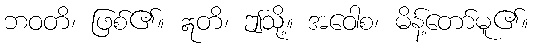
ဘဝတိ၊ ဖြစ်၏။ ဣတိ၊ ဤသို့။ အဝေါစ၊ မိန့်တော်မူ၏။